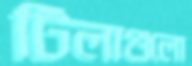
টিলাগুলো